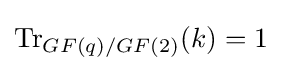
\operatorname {Tr} _{GF(q)/GF(2)}(k)=1